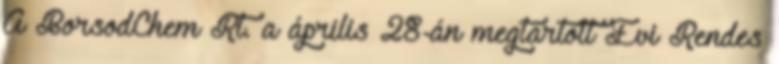
A BorsodChem Rt. a április 28-án megtartott Évi Rendes